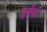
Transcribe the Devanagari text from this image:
पूवेर्स